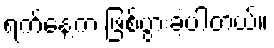
ရက်နေ့က ဖြစ်ပွားခဲ့ပါတယ်။